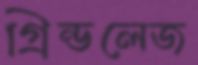
গ্রিন্ডলেজ